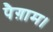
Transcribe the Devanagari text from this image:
पैग़ाम।